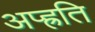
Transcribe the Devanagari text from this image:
अप्ह्रति